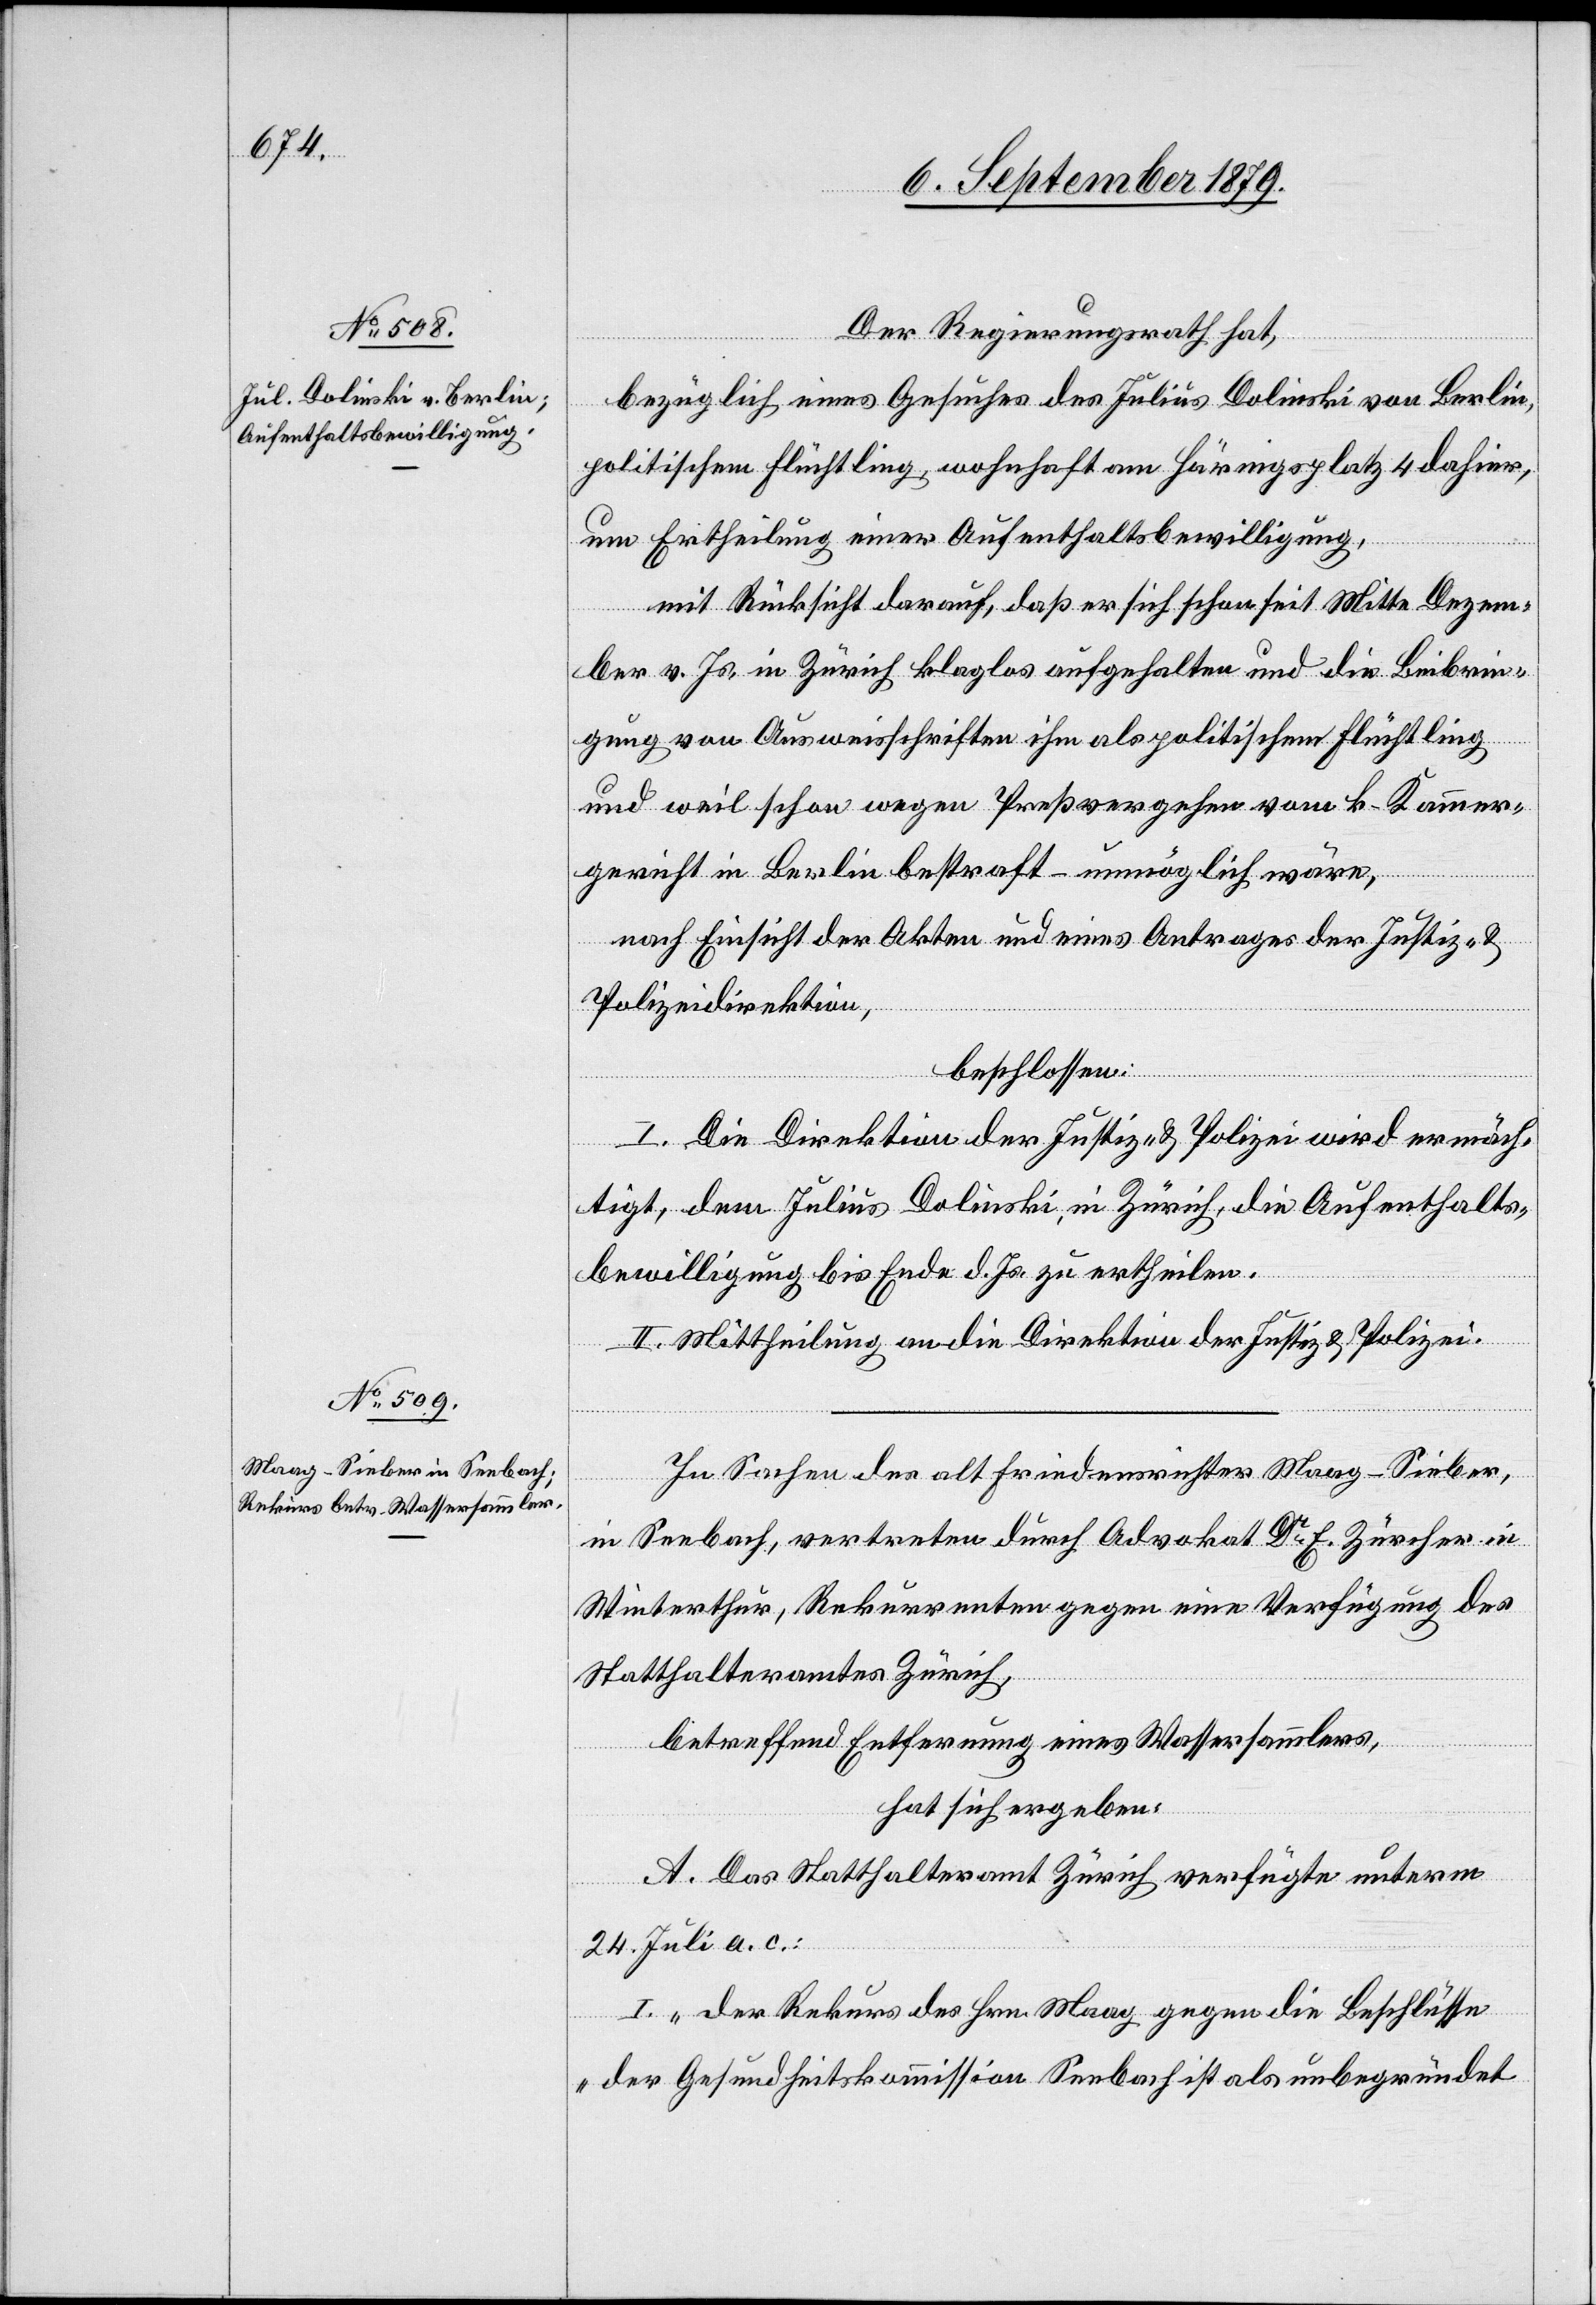
Der Regierungsrath hat,
bezüglich eines Gesuches des Julius Dolinski von Berlin,
politischer Flüchtling, wohnhaft am Härnigsplatz 4 dahier,
um Ertheilung einer Aufenthaltsbewilligung,
mit Rücksicht darauf, daß er sich schon seit Mitte Dezem¬
ber v. Js. in Zürich klaglos aufgehalten und die Beibrin¬
gung von Ausweisschriften ihm als politischem Flüchtling
und weil schon wegen Preßvergehen vom k. Kammer¬
gericht in Berlin bestraft – unmöglich wäre,
nach Einsicht der Akten und eines Antrages der Justiz- &
Polizeidirektion,
beschlossen:
I. Die Direktion der Justiz & Polizei wird ermäch¬
tigt, dem Julius Dolinski, in Zürich, die Aufenthalts¬
bewilligung bis Ende d. Js. zu ertheilen.
II. Mittheilung an die Direktion der Justiz & Polizei.
In Sachen des alt Friedensrichter Maag-Sieber,
in Seebach, vertreten durch Advokat Dr E. Zürcher in
Winterthur, Rekurrenten gegen eine Verfügung des
Statthalteramtes Zürich,
betreffend Entfernung eines Wassersammlers,
hat sich ergeben:
A. Das Statthalteramt Zürich verfügte unterm
24. Juli a. c.:
I. „Der Rekurs des Hrn. Maag gegen die Beschlüsse
der Gesundheitskommission Seebach ist als unbegründet